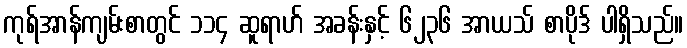
ကုရ်အာန်ကျမ်းစာတွင် ၁၁၄ ဆူရာဟ် အခန်းနှင့် ၆၂၃၆ အာယသ် စာပိုဒ် ပါရှိသည်။